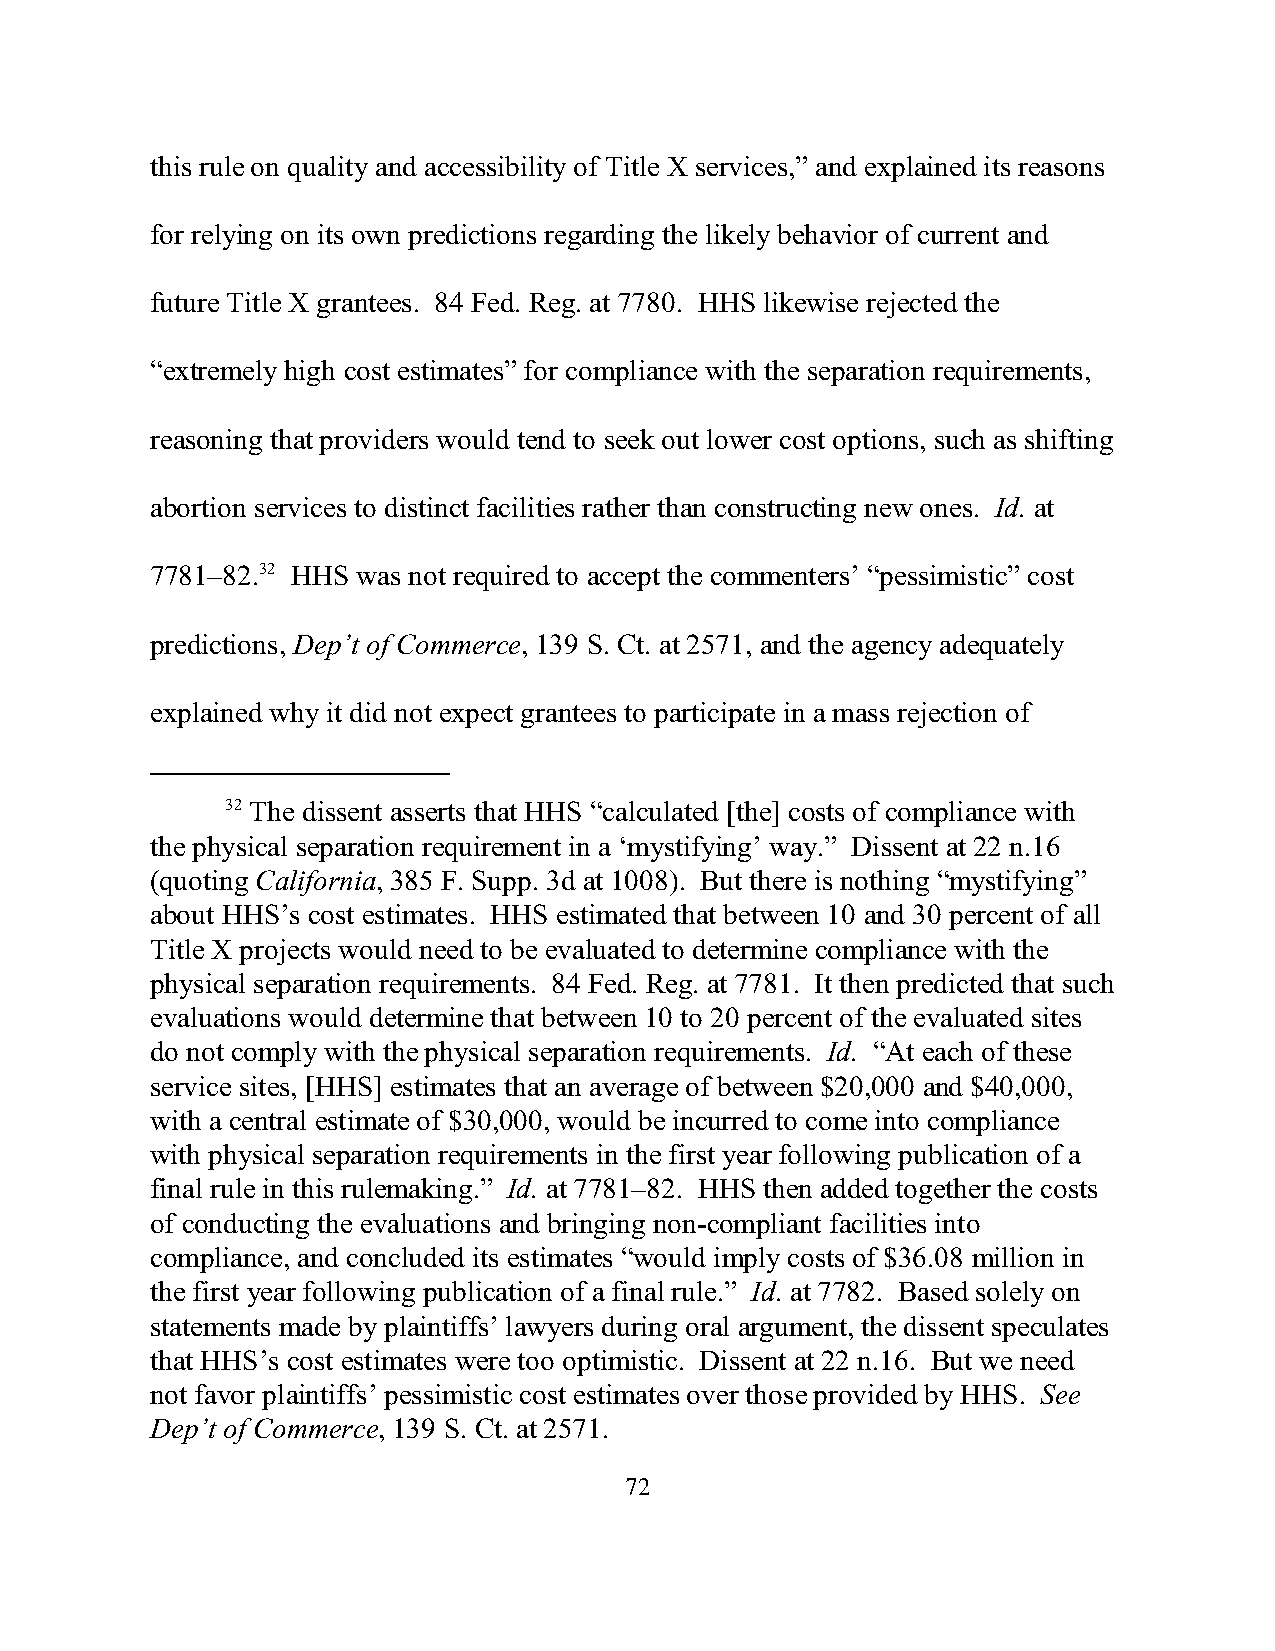
this rule on quality and accessibility of Title X services,” and explained its reasons
 for relying on its own predictions regarding the likely behavior of current and
 future Title X grantees. 84 Fed. Reg. at 7780. HHS likewise rejected the
 “extremely high cost estimates” for compliance with the separation requirements,
 reasoning that providers would tend to seek out lower cost options, such as shifting
 abortion services to distinct facilities rather than constructing new ones. Id. at
 7781–82.32 HHS was not required to accept the commenters’ “pessimistic” cost
 predictions, Dep’t of Commerce, 139 S. Ct. at 2571, and the agency adequately
 explained why it did not expect grantees to participate in a mass rejection of
 32 The dissent asserts that HHS “calculated [the] costs of compliance with
 the physical separation requirement in a ‘mystifying’ way.” Dissent at 22 n.16
 (quoting California, 385 F. Supp. 3d at 1008). But there is nothing “mystifying”
 about HHS’s cost estimates. HHS estimated that between 10 and 30 percent of all
 Title X projects would need to be evaluated to determine compliance with the
 physical separation requirements. 84 Fed. Reg. at 7781. It then predicted that such
 evaluations would determine that between 10 to 20 percent of the evaluated sites
 do not comply with the physical separation requirements. Id. “At each of these
 service sites, [HHS] estimates that an average of between $20,000 and $40,000,
 with a central estimate of $30,000, would be incurred to come into compliance
 with physical separation requirements in the first year following publication of a
 final rule in this rulemaking.” Id. at 7781–82. HHS then added together the costs
 of conducting the evaluations and bringing non-compliant facilities into
 compliance, and concluded its estimates “would imply costs of $36.08 million in
 the first year following publication of a final rule.” Id. at 7782. Based solely on
 statements made by plaintiffs’ lawyers during oral argument, the dissent speculates
 that HHS’s cost estimates were too optimistic. Dissent at 22 n.16. But we need
 not favor plaintiffs’ pessimistic cost estimates over those provided by HHS. See
 Dep’t of Commerce, 139 S. Ct. at 2571.
 72